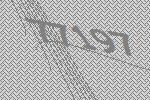
77197